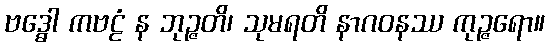
ဗဒ္ဓေါ ကဗဠံ န ဘုဉ္ဇတိ၊ သုမရတိ နာဂဝနဿ ကုဉ္ဇရော။